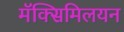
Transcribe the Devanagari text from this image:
मॅक्सिमिलयन